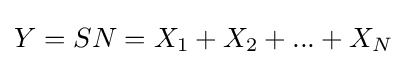
Y=SN=X_{1}+X_{2}+...+X_{N}